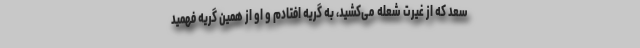
سعد که از غیرت شعله می‌کشید، به گریه افتادم و او از همین گریه فهمید